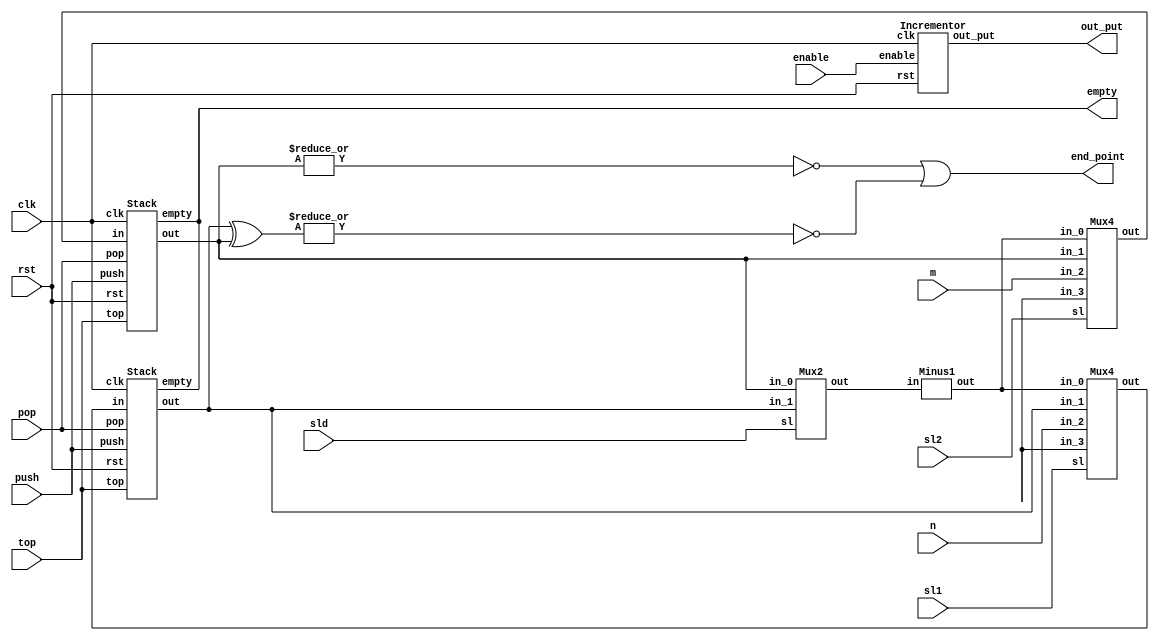
module DataPath(clk, rst, sl1, sl2, sld, enable, pop, push, top, n, m, out_put, end_point, empty);
	input clk;
	input rst;
	input [1 : 0]sl1;
	input [1 : 0]sl2;
	input sld;
	input enable;
	input pop;
	input push;
	input top;
	input [3 : 0]n;
	input [3 : 0]m;
	output [12 : 0]out_put;
	output end_point;
	output empty;

	wire [3 : 0] mux4_1_out;
	wire [3 : 0] mux4_2_out;
	wire [3 : 0] stack1_out;
	wire [3 : 0] stack2_out;
	wire [3 : 0] mux2_out;
	wire [3 : 0] minus1_out;
	wire [3 : 0] xor_out;
	wire nor1_out;
	wire nor2_out;
	wire and_out;

	Mux4 mux4_1(.sl(sl1), .in_0(minus1_out), .in_1(stack1_out), .in_2(n), .in_3(), .out(mux4_1_out));
	Mux4 mux4_2(.sl(sl2), .in_0(minus1_out), .in_1(stack2_out), .in_2(m), .in_3(), .out(mux4_2_out));

	Stack stack1(.clk(clk), .rst(rst), .top(top), .pop(pop), .push(push), .out(stack1_out), .empty(empty),
			.in(mux4_1_out));
	Stack stack2(.clk(clk), .rst(rst), .top(top), .pop(pop), .push(push), .out(stack2_out), .empty(empty),
			.in(mux4_2_out));

	Mux2 mux2(.sl(sld), .in_0(stack2_out), .in_1(stack1_out), .out(mux2_out));

	Minus1 minues1(.in(mux2_out), .out(minus1_out));

	assign xor_out = stack1_out ^ stack2_out;
	assign nor1_out = ~|{stack2_out};
	assign nor2_out =  ~|{xor_out};
	assign end_point = nor1_out | nor2_out;

	Incrementor incrementor(.clk(clk), .rst(rst), .enable(enable), .out_put(out_put));
endmodule

module Mux4(sl, in_0, in_1, in_2, in_3, out);
	input [1 : 0]sl;
	input [3 : 0]in_0;
	input [3 : 0]in_1;
	input [3 : 0]in_2;
	input [3 : 0]in_3;
	output reg [3 : 0]out;

	always @(*) begin
		case(sl)
			2'b00: out = in_0;
			2'b01: out = in_1;
			2'b10: out = in_2;
			2'b11: out = in_3;
		endcase
	end
endmodule

module Mux2(sl, in_0, in_1, out);
	input sl;
	input [3 : 0]in_0;
	input [3 : 0]in_1;
	output [3 : 0]out;
	assign out = sl ? in_1 : in_0;
endmodule

module Stack(clk, rst, top, pop, push, in, out, empty);
	input clk;
	input rst;
	input top;
	input pop;
	input push;
	input [3 : 0]in;
	output reg [3 : 0]out;
	output empty;

	reg [3 : 0]memory[31 : 0];
	reg [4 : 0]pointer;

	always @(posedge clk)
	begin
	  	if (rst)
			pointer <= 0;
		else if(push)
		begin
			memory[pointer] <= in;
			pointer <= pointer + 5'b00001;
		end
		else if(pop)
		begin
			out <= memory[pointer - 5'b00001];
			if (pointer != 5'b00000)
				pointer <= pointer - 5'b00001;
		end
		else if(top)
			out <= memory[pointer - 5'b00001];
	end
	assign empty = (pointer == 5'b0);

endmodule

module Minus1(in, out);
	input [3 : 0]in;
	output [3 : 0]out;
	assign out = in - 4'b0001;
endmodule

module Incrementor(clk, rst, enable, out_put);
	input clk;
	input rst;
	input enable;
	output reg [12 : 0]out_put;

	always @(posedge clk)
	begin
		if (rst)
			out_put <= 13'b0;
		else if (enable)
			out_put <= out_put + 13'd1;
	end
endmodule